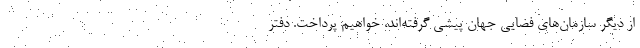
از دیگر سازمان‌های فضایی جهان پیشی گرفته‌اند، خواهیم پرداخت. دفتر